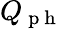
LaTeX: Q_{\mathrm{~p~h~}}